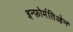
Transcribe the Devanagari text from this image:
इन्फ़ोर्मतिओन